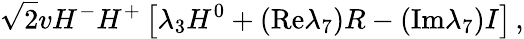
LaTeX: \sqrt{2}vH^{-}H^{+}\left[\lambda_{3}H^{0}+(\mathrm{Re}\lambda_{7})R-(\mathrm{Im}\lambda_{7})I\right]\, ,